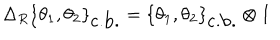
LaTeX: \Delta _ { R } \{ \theta _ { 1 } , \theta _ { 2 } \} _ { \mathrm { c . b . } } = \{ \theta _ { 1 } , \theta _ { 2 } \} _ { \mathrm { c . b . } } \otimes I